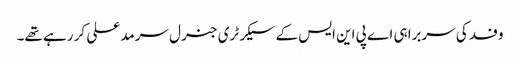
وفد کی سربراہی اے پی این ایس کے سیکرٹری جنرل سرمد علی کر رہے تھے۔